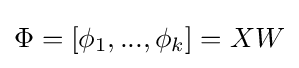
\Phi =[\phi _{1},...,\phi _{k}]=XW